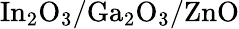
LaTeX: \mathrm{In_{2}O_{3}/Ga_{2}O_{3}/ZnO}